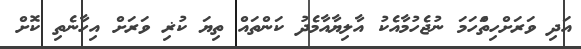
އަދި ވަރަށްހިތަްހަމަ ނުޖެހުމާއެކު އާލިޔާއާމެދު ކަންތައް ތިޔަ ކުޜި ވަރަށް އިހާނެތި ކޮށް